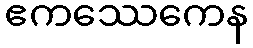
ဧကဿေကေန